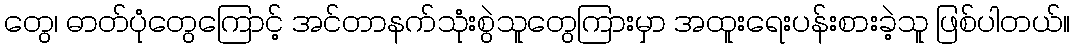
တွေ၊ ဓာတ်ပုံတွေကြောင့် အင်တာနက်သုံးစွဲသူတွေကြားမှာ အထူးရေးပန်းစားခဲ့သူ ဖြစ်ပါတယ်။